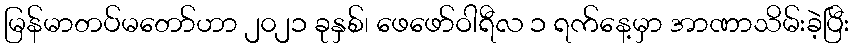
မြန်မာတပ်မတော်ဟာ ၂၀၂၁ ခုနှစ်၊ ဖေဖော်ဝါရီလ ၁ ရက်နေ့မှာ အာဏာသိမ်းခဲ့ပြီး